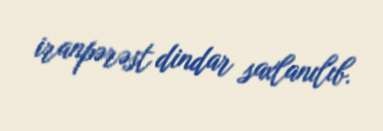
iranpərəst dindar saxlanılıb.